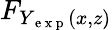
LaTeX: F_{Y_{\mathrm{~e~x~p~}}(x,z)}